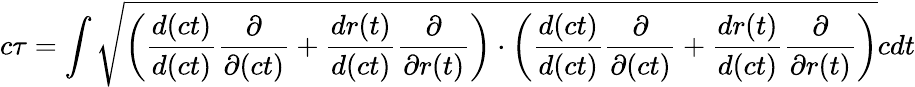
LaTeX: c\tau=\int\sqrt{\left(\frac{d(ct)}{d(ct)}\frac{\partial}{\partial(ct)}+\frac{dr(t)}{d(ct)}\frac{\partial}{\partial{r(t)}}\right)\cdot\left(\frac{d(ct)}{d(ct)}\frac{\partial}{\partial(ct)}+\frac{dr(t)}{d(ct)}\frac{\partial}{\partial{r(t)}}\right)}cdt